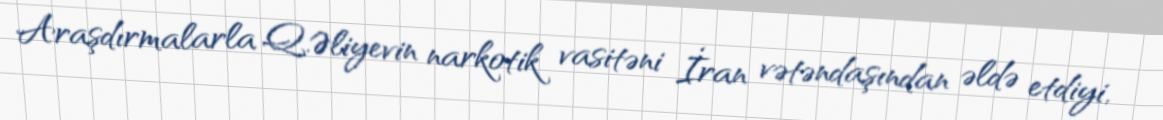
Araşdırmalarla Q.Əliyevin narkotik vasitəni İran vətəndaşından əldə etdiyi,